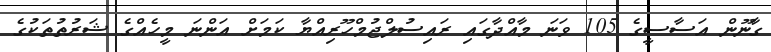
ގާނޫން އަސާސީގެ 105 ވަނަ މާއްދާގައި ރައިސުލްޖުމްހޫރިއްޔާ ކަމަށް އަންނަ މީހެއްގެ ޝަރުތުތަކުގެ